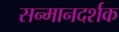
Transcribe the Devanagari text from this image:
सन्मानदर्शक